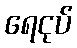
ရေငုပ်